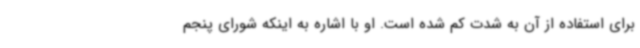
برای استفاده از آن به شدت کم شده است. او با اشاره به اینکه شورای پنجم